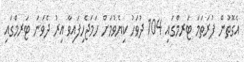
އެގޮތުން ފުރަތަމަ ޓަރމްގައި 104 ދުވަހު ކިޔެވުމަށް ހަމަޖެހިފައިވާ އިރު ދެވަނަ ޓަރމްގައި